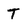
Character: T